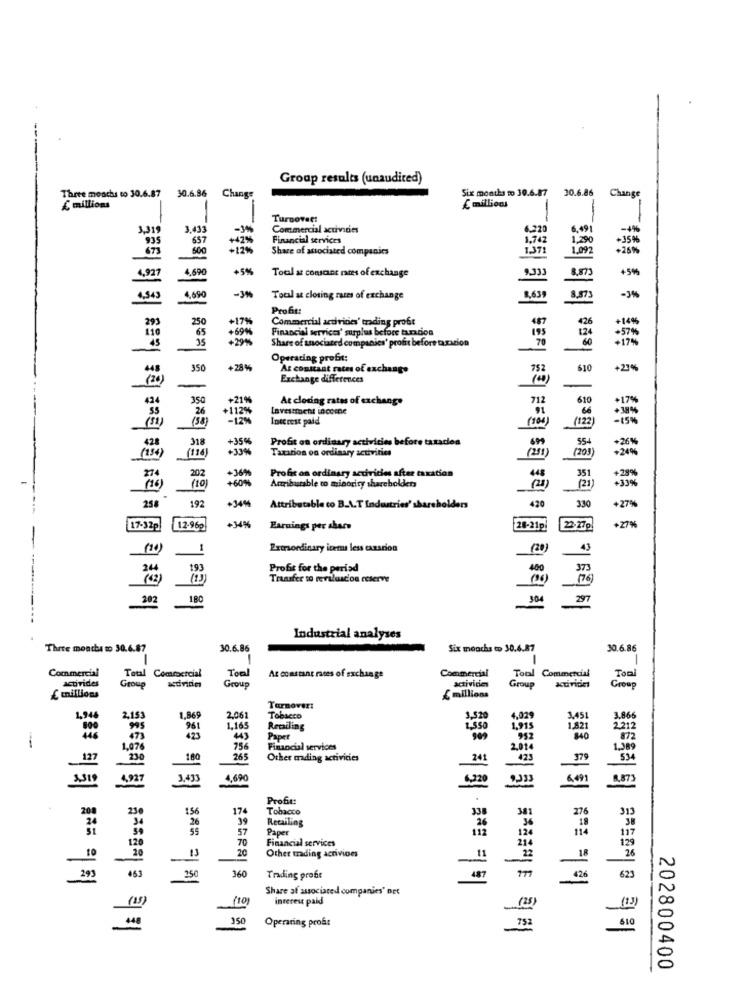
--
Group results (unaudited)
Six months to 30.6.87
30.6.86
Three months to 30.6.87
30.6.86 Change
£ millions
Change
£ millions
Turnover:
3,319
3,493
Commercial activities
6.220
6,491
-**
995
657
42%
Financial services
1,742
1,290
+35%
67
600
-12%
Share of associated companies
1.371
1.097
+25%%
4.690
+5%
Tool at constant rates of exchange
9.333
8.873
+5%5
4,927
4.590
8,639
-JN
Total at closing rarms of exchange
8.973
-3%
Profit:
250
+17%
Commercial activities' trading profit
487
14%
+69%
Financial services' surplus before tantion
195
124
65
+29
Share of asociaced companies' profit before taxazion
70
60
-576
-
+17%
Operating profit:
350
+28%
As constant rates of exchange
752
610
+21%
Exchange differences
350
+21%
At closing rates of exchange
712
610
+112%
91
26
13
-12%
Interest paid
(104
(122
318
+35%
Profit on ordinary activities before taxadies
699
554
+33%
Taxation on ordinary activities
(251)
(203)
1234
(114]
202
+36%
448
+60%
Arribarable to minority shareholders
Profe on ordinary activities after taxation
16
(10)
(21 )
( 21 )
+334
192
+349
420
258
Attributable to B.A.T Industries' shareholders
330
+27%
*2+
+34%
1.7-32p
12-96g
Earnings per share
28-21pl
23-27g
(20)
1
Extraordinary icers less cazarion
(20)
43
364
193
Profit for the period
400
373
Trasfer to revaluation reserve
202
180
304
297
Industrial analyses
Three months to 30.6.87
30.6.86
Six months to 30.6.87
30.6.86
Commercial
Total Comcoercial
Toal
Commercial
al Commercial
Group
Group
At constant races of exchange
activities
Toml
activides
Group
activities
Group
£ millions
£ millions
1.869
Turnover:
1,944
2,153
2,061
Tobacco
3,520
4.029
1451
1.866
995
961
1,165
Retailing
1550
1,915
471
443
Paper
909
952
1.076
756
Financial services
2.014
127
230
180
265
Other mading activities
241
423
379
4.927
3.433
4,690
4,20
4.873
Profit:
156
174
Tobacco
338
381
26
39
Retailing
276
31
55
57
Paper
70
Financial services
124
12
20
Other trading acrivions
10
_11
22
360
463
250
Trading profit
623
Share af associated companies' DEC
interest paid
(10)
150
Operaring proś:
-10
202800400